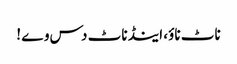
ناٹ ناؤ، اینڈ ناٹ دس وے !